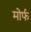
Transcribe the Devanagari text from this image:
मोर्फ